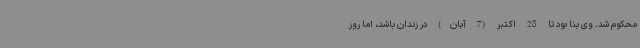
محکوم شد. وی بنا بود تا 28 اکتبر (7 آبان) در زندان باشد، اما روز